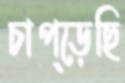
চাপ্‌ড়েছি